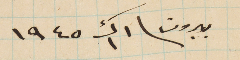
بيروت فى ١ ك١ ١٩٤٥